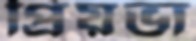
প্রিয়ভা